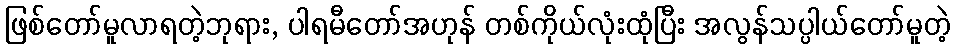
ဖြစ်တော်မူလာရတဲ့ဘုရား, ပါရမီတော်အဟုန် တစ်ကိုယ်လုံးထုံပြီး အလွန်သပ္ပါယ်တော်မူတဲ့